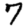
Digit: 7